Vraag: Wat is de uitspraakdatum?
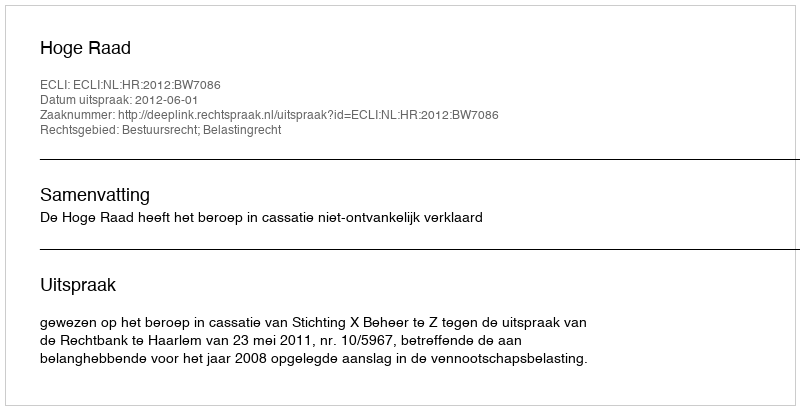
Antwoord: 2012-06-01